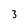
Character: 3